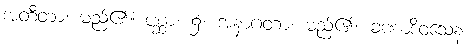
အတီတာ၊ မည်၏။ ပစ္ဆာ၊ ၌။ အနာဂတာ၊ မည်၏။ ခဏာဒိဝသေန၊